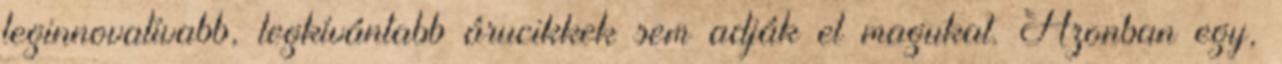
leginnovatívabb, legkívántabb árucikkek sem adják el magukat. Azonban egy,